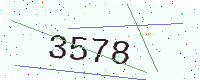
Text: 3578